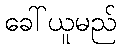
ခေါ်ယူမည်